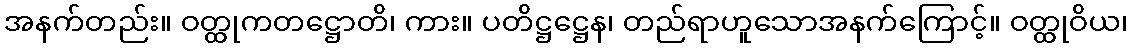
အနက်တည်း။ ဝတ္ထုကတဋ္ဌောတိ၊ ကား။ ပတိဋ္ဌဋ္ဌေန၊ တည်ရာဟူသောအနက်ကြောင့်။ ဝတ္ထုဝိယ၊